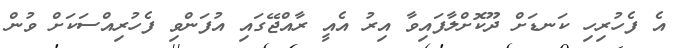
އެ ފެހުރިހި ކަނޑަށް ދޫކޮށްލާފައިވާ އިރު އެއީ ރާއްޖޭގައި އުފަންވި ފެހުރިއްސަކަށް ވުން